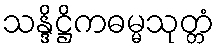
သန္ဒိဋ္ဌိကဓမ္မသုတ္တံ